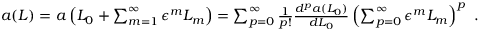
\begin{array} { r } { a ( L ) = a \left( L _ { 0 } + \sum _ { m = 1 } ^ { \infty } \epsilon ^ { m } L _ { m } \right) = \sum _ { p = 0 } ^ { \infty } \frac { 1 } { p ! } \frac { d ^ { p } a ( L _ { 0 } ) } { d L _ { 0 } } \left( \sum _ { p = 0 } ^ { \infty } \epsilon ^ { m } L _ { m } \right) ^ { p } \ . } \end{array}